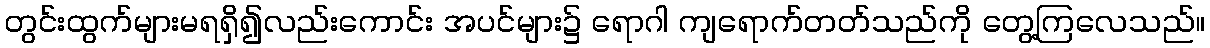
တွင်းထွက်များမရရှိ၍လည်းကောင်း အပင်များ၌ ရောဂါ ကျရောက်တတ်သည်ကို တွေ့ကြလေသည်။